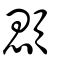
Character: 顋